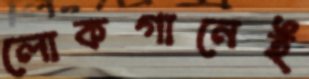
লোকগানেই